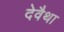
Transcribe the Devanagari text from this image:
देवैथा